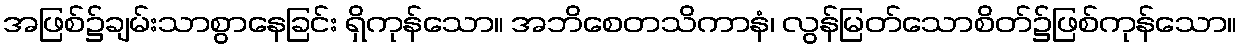
အဖြစ်၌ချမ်းသာစွာနေခြင်း ရှိကုန်သော။ အဘိစေတသိကာနံ၊ လွန်မြတ်သောစိတ်၌ဖြစ်ကုန်သော။